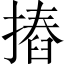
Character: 摏